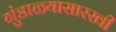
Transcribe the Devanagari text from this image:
गुंडाळ्यासारखी